Vaccine operations Central Provinces & Berar 1922-1929 - 1922-1929
Year: 1922
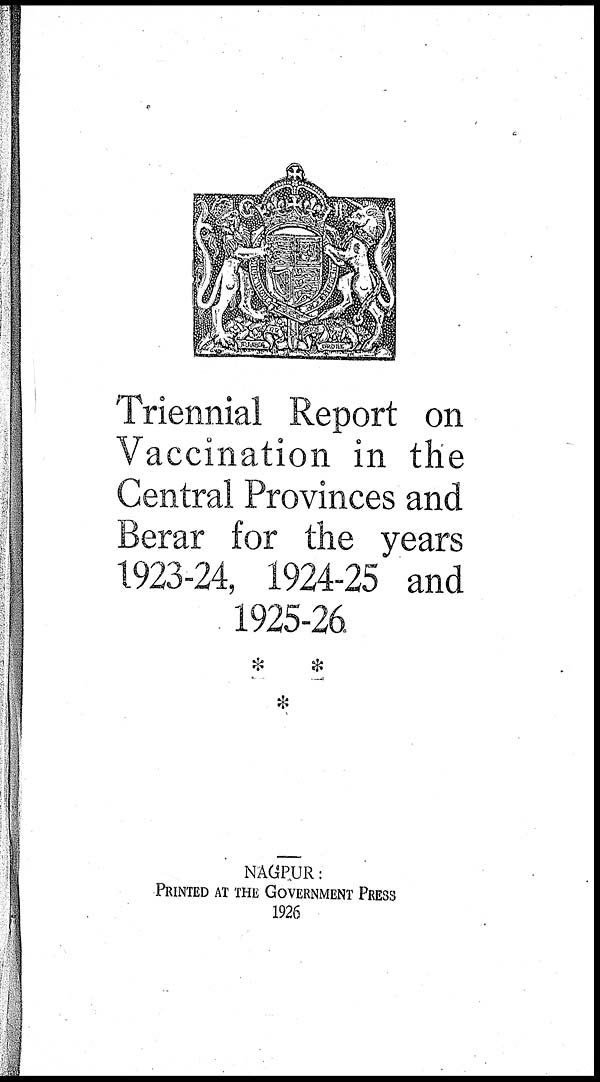
Triennial Report on
Vaccination in the
Central Provinces and
Berar for the years
1923-24, 1924-25 and
1925-26
NAGPUR:
PRINTED AT THE GOVERNMENT PRESS
1926